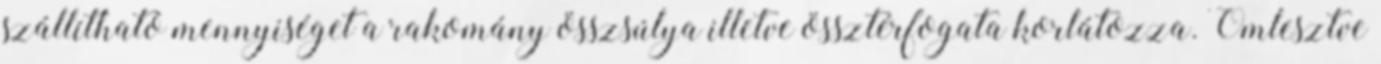
szállítható mennyiséget a rakomány összsúlya illetve össztérfogata korlátozza. Ömlesztve